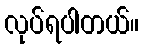
လုပ်ရပါတယ်။